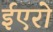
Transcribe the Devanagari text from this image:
ईएरो